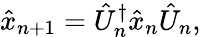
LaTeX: \hat{x}_{n+1}=\hat{U}_{n}^{\dagger}\hat{x}_{n}\hat{U}_{n},